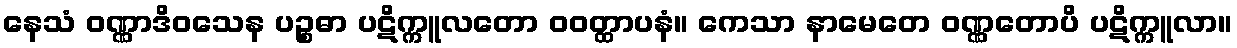
နေသံ ဝဏ္ဏာဒိဝသေန ပဉ္စဓာ ပဋိက္ကူလတော ဝဝတ္ထာပနံ။ ကေသာ နာမေတေ ဝဏ္ဏတောပိ ပဋိက္ကူလာ။